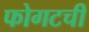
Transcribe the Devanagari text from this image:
फोगटची